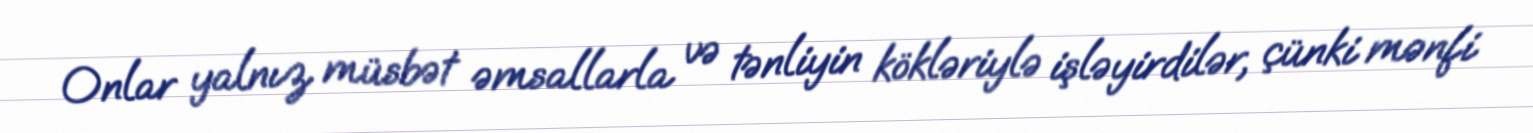
Onlar yalnız müsbət əmsallarla və tənliyin kökləriylə işləyirdilər, çünki mənfi